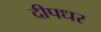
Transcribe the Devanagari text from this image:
दीपधर